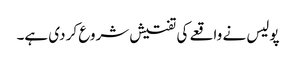
پولیس نے واقعے کی تفتیش شروع کر دی ہے۔